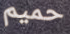
حميم